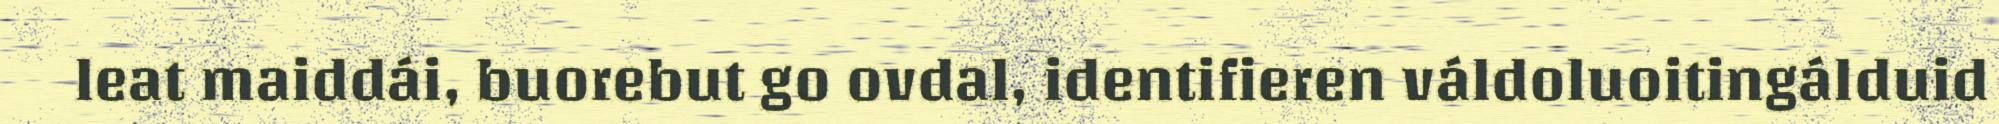
leat maiddái, buorebut go ovdal, identifieren váldoluoitingálduid